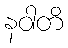
နဝါတိ